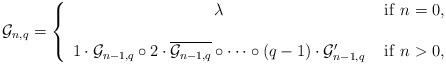
LaTeX: \begin{align*}\mathcal{G}_{n,q}=\left\{\begin{array}{cr}\lambda &\ \mathrm{if}\ n=0,\\\\1\cdot\mathcal{G}_{n-1,q}\circ2\cdot\overline{\mathcal{G}_{n-1,q}}\circ\cdots\circ(q-1)\cdot\mathcal{G}_{n-1,q}' & \mathrm{if}\ n>0,\end{array}\right.\end{align*}